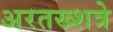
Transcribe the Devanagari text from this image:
अरतख्शत्रे